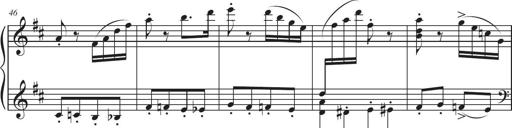
Title: Sonatina in D major
Composer: Shota Saitoh
Key: D major